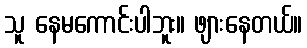
သူ နေမကောင်းပါဘူး။ ဖျားနေတယ်။